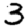
Digit: 3